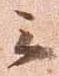
云